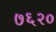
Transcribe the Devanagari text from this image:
७६२०